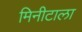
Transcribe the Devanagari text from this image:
मिनीटाला